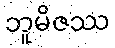
ဘူမိဇဿ